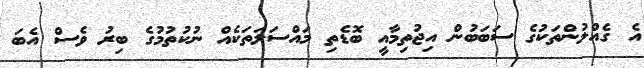
އެ ގެއްލުންތަކުގެ ސަބަބުން އިޖުތިމާއީ ބޮޑެތި މައްސަލަތަކެއް ނުކުތުމުގެ ބިރު ވެސް އެބަ